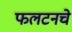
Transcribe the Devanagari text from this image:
फलटनचे